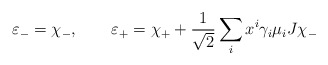
\begin{align*} \varepsilon _- = \chi_-, \qquad \varepsilon _+ = \chi_+ + \frac{1}{\sqrt 2}\sum_i x^i \gamma_i \mu _iJ\chi_-\end{align*}